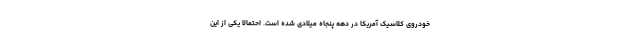
خودروی کلاسیک آمریکا در دهه پنجاه میلادی شده است. احتمالا یکی از این